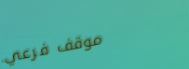
موقف فرعي